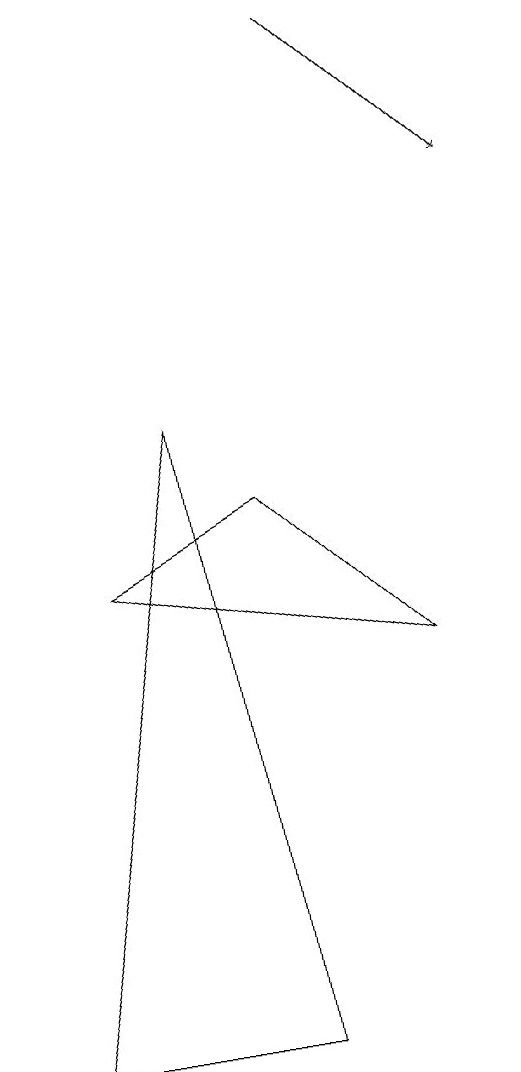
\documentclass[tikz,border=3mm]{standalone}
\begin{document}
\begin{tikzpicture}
\draw (3,9) -- (4,1) -- (1,1) -- cycle;
\draw[->] (5,14) -- (7,12);
\draw (2,7) -- (6,6) -- (4,8) -- cycle;
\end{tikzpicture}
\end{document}